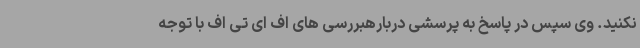
نکنید. وی سپس در پاسخ به پرسشی دربارهبررسی های اف ای تی اف با توجه